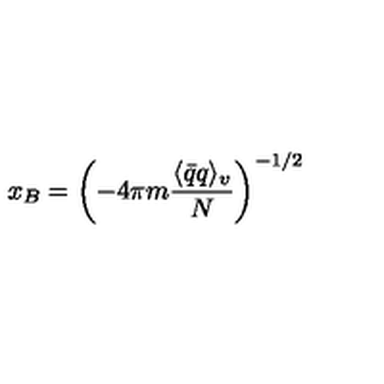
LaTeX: x _ { B } = \left( - 4 \pi m \frac { \langle \bar { q } q \rangle _ { v } } { N } \right) ^ { - 1 / 2 }